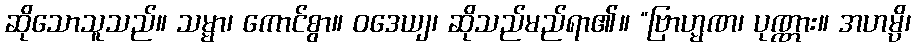
ဆိုသောသူသည်။ သမ္မာ၊ ကောင်စွာ။ ဝဒေယျ၊ ဆိုသည်မည်ရာ၏။ “ဗြာဟ္မဏ၊ ပုဏ္ဏား။ အဟမ္ပိ၊